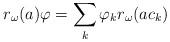
LaTeX: \begin{align*}r_{\omega}(a)\varphi =\sum_{k}\varphi_k r_{\omega}(ac_k)\end{align*}